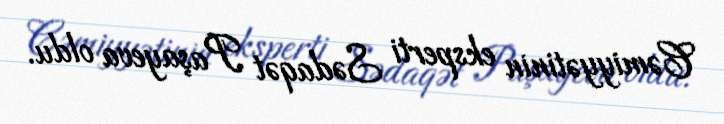
Cəmiyyətinin eksperti Sədaqət Paşayeva oldu.